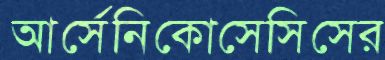
আর্সেনিকোসেসিসের